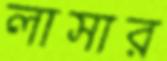
লাসার